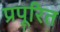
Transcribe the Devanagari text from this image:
प्रपूरित